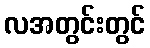
လအတွင်းတွင်